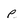
Character: p